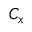
C _ { x }